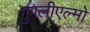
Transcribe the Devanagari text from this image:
गुगलीएल्मो